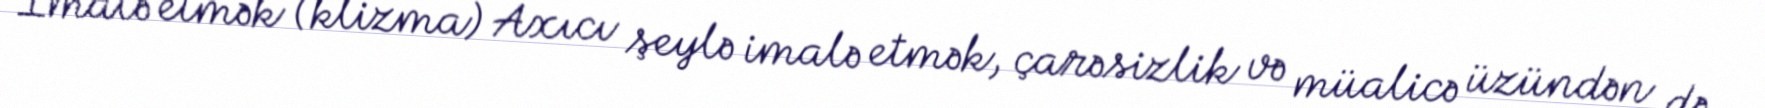
İmalə etmək (klizma) Axıcı şeylə imalə etmək, çarəsizlik və müalicə üzündən də